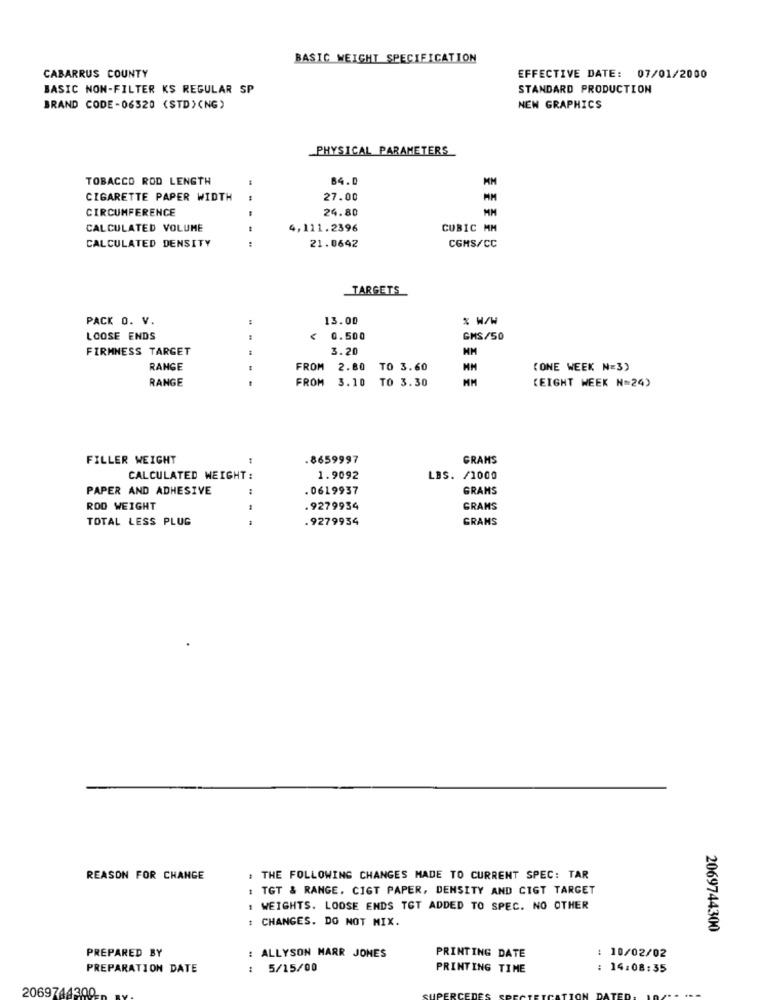
BASIC WEIGHT SPECIFICATION
CABARRUS COUNTY
EFFECTIVE DATE: 07/01/2000
BASIC NON-FILTER KS REGULAR SP
STANDARD PRODUCTION
BRAND CODE-06320 (STD) (NG)
NEW GRAPHICS
PHYSICAL PARAMETERS
TOBACCO ROD LENGTH
84.0
CIGARETTE PAPER WIDTH
--
27.00
MM
CIRCUMFERENCE
24.80
CALCULATED VOLUME
4,111.2396
CUBIC MM
CALCULATED DENSITY
21.0642
CGMS/CC
TARGETS
PACK O. V.
13.00
% W/W
LOOSE ENDS
0.500
GMS/50
FIRMNESS TARGET
3.20
RANGE
FROM
2.80
TO 3.60
MM
(ONE WEEK N=3)
RANGE
FROM
3.10 TO 3.30
MM
(EIGHT WEEK N=24)
FILLER WEIGHT
.8659997
GRAMS
CALCULATED WEIGHT :
1.9092
LBS. /1000
PAPER AND ADHESIVE
:
.0619937
GRAMS
ROD WEIGHT
9279954
GRAMS
TOTAL LESS PLUG
9279934
GRANS
REASON FOR CHANGE
: THE FOLLOWING CHANGES MADE TO CURRENT SPEC: TAR
: TGT & RANGE. CIGT PAPER, DENSITY AND CIGT TARGET
: WEIGHTS. LOOSE ENDS TOT ADDED TO SPEC. NO OTHER
: CHANGES. DO NOT MIX.
2069744300
PREPARED BY
: ALLYSON MARR JONES
PRINTING DATE
: 10/02/02
PREPARATION DATE
: 5/15/00
PRINTING TIME
: 14:08:35
2069744300